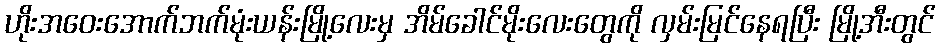
ဟိုးအဝေးအောက်ဘက်မုံးယန်းမြို့လေးမှ အိမ်ခေါင်မိုးလေးတွေကို လှမ်းမြင်နေရပြီး မြို့အီးတွင်